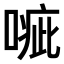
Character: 𠹂